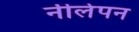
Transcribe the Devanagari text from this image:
नीलेपन